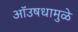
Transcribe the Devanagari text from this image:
ऑउषधामुळे